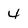
Character: 4